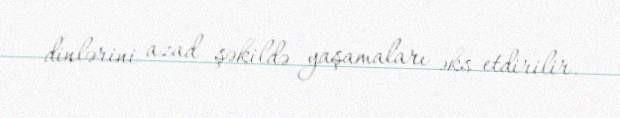
dinlərini azad şəkildə yaşamaları əks etdirilir.